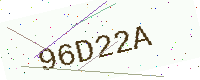
Text: 96D22A